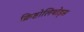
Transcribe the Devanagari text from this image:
क्रिष्टोलिथोड्स